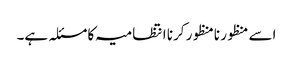
اسے منظور نامنظور کرنا انتظامیہ کا مسئلہ ہے۔